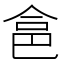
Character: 𠉲